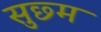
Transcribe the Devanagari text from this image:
सुछ्म